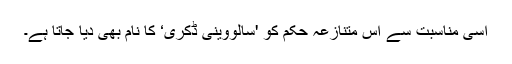
اسی مناسبت سے اس متنازعہ حکم کو 'سالووینی ڈکری‘ کا نام بھی دیا جاتا ہے۔